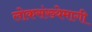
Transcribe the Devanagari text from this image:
लोकसंख्येमागी